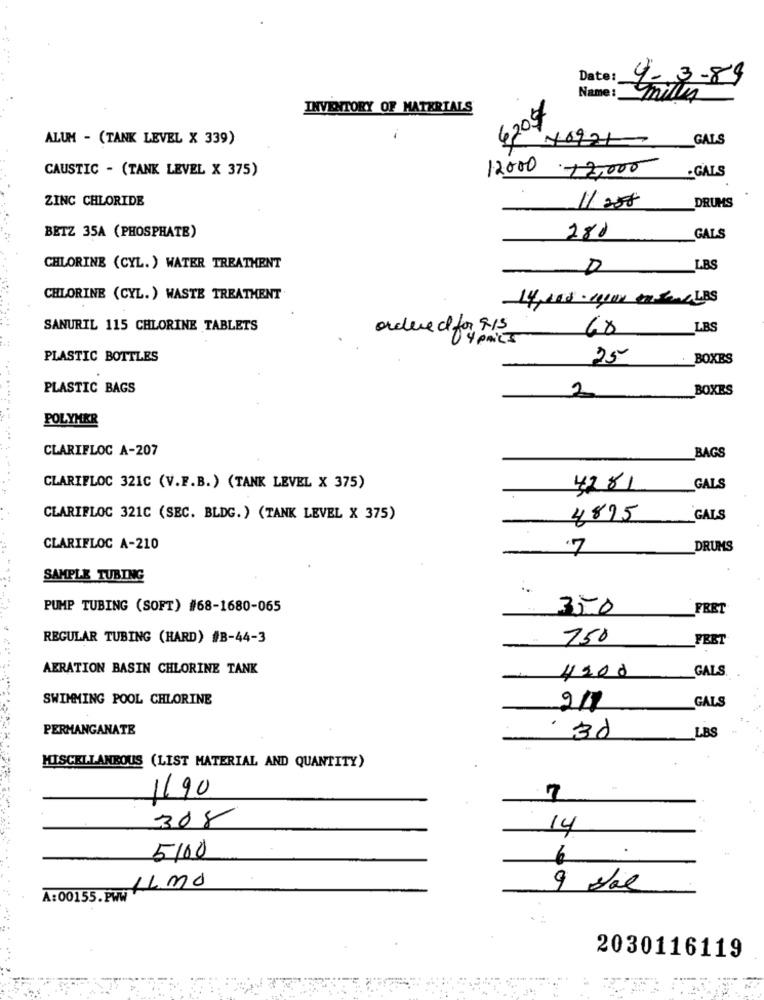
Date:
4-3-89
Name: milly
INVENTORY OF MATERIALS
€205
ALUM - (TANK LEVEL X 339)
10921
GALS
CAUSTIC - (TANK LEVEL X 375)
12000 12,000
.GALS
ZINC CHLORIDE
11. 258
DRUMS
BETZ 35A (PHOSPHATE)
280
GALS
CHLORINE (CYL. ) WATER TREATMENT
LBS
CHLORINE (CYL. ) WASTE TREATMENT
14, 008 . segun to send LBS
SANURIL 115 CHLORINE TABLETS
68
LBS
ordered for 415
04 pmics
PLASTIC BOTTLES
25
BOXES
PLASTIC BAGS
2
BOXES
POLYMER
CLARIFLOC A-207
BAGS
CLARIFLOC 321C (V.F.B.) (TANK LEVEL X 375)
4281
GALS
CLARIFLOC 321C (SEC. BLDG. ) (TANK LEVEL X 375)
4875
GALS
CLARIFLOC A-210
7
DRUMS
-
SAMPLE TUBING
PUMP TUBING (SOFT) #68-1680-065
. 350
FRET
REGULAR TUBING (HARD) #B-44-3
750
FEET
AERATION BASIN CHLORINE TANK
GALS
n 4200
SWIMMING POOL CHLORINE
GALS
PERMANGANATE
· 30
LBS
MISCELLANEOUS (LIST MATERIAL AND QUANTITY)
1190
.7
308
14
.
5100
6
A:00155. PW LLmo
9 Joe
2030116119